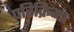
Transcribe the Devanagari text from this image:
परिक्रिमा